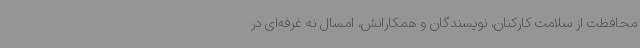
محافظت از سلامت کارکنان، نویسندگان و همکارانش، امسال نه غرفه‌ای در